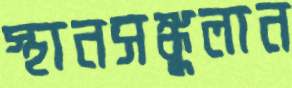
স্থানসঙ্কুলান